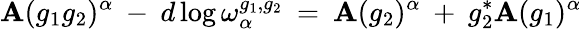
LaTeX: \mathbf{A}(g_{1}g_{2})^{\alpha}\: -\: d\log\omega_{\alpha}^{g_{1},g_{2}}\: =\: \mathbf{A}(g_{2})^{\alpha}\: +\: g_{2}^{*}\mathbf{A}(g_{1})^{\alpha}